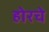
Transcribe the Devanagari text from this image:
होरचे